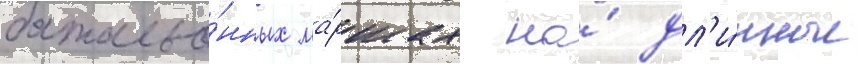
батальо́нных ма́ршах на́ дл'и́нные